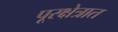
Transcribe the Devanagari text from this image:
पूरक्षेत्रात